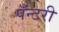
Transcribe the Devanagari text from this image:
पॅन्टरी